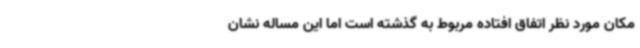
مکان مورد نظر اتفاق افتاده مربوط به گذشته است اما این مساله نشان